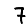
Digit: 7